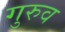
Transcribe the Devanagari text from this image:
गुरुव